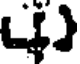
)